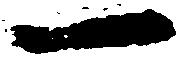
一